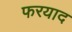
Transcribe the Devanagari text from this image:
फरयाद